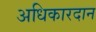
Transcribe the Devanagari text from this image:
अधिकारदान